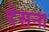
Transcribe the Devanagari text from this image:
देसना